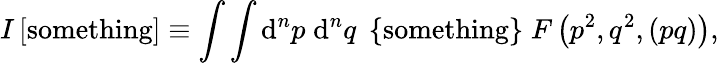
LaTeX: I\left[\mathrm{something}\right]\equiv\int\int\mathrm{d}^{n}p\; \mathrm{d}^{n}q\; \left\{ \mathrm{something}\right\} \; F\left(p^{2},q^{2},(pq)\right),